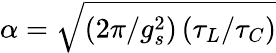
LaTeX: \alpha=\sqrt{\left(2\pi/g_{s}^{2}\right)\left(\tau_{L}/\tau_{C}\right)}